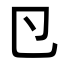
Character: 𭅲